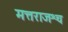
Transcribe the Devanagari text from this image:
मत्तराजश्च